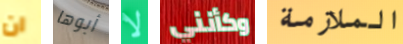
ان أبوها لا وكأنني الملازمة